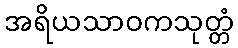
အရိယသာဝကသုတ္တံ